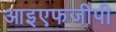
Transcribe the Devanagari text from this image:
आइएफजीपी